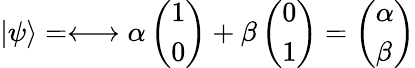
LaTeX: |\psi\rangle=\longleftrightarrow\alpha\left(\begin{array}{l}{1}\\ {0}\end{array}\right)+\beta\left(\begin{array}{l}{0}\\ {1}\end{array}\right)=\left(\begin{array}{l}{\alpha}\\ {\beta}\end{array}\right)